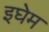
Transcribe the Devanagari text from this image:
इघेम